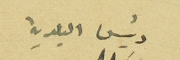
رئيس البلدية